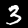
Digit: 3